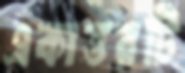
একাত্তরটি